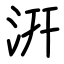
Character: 汧